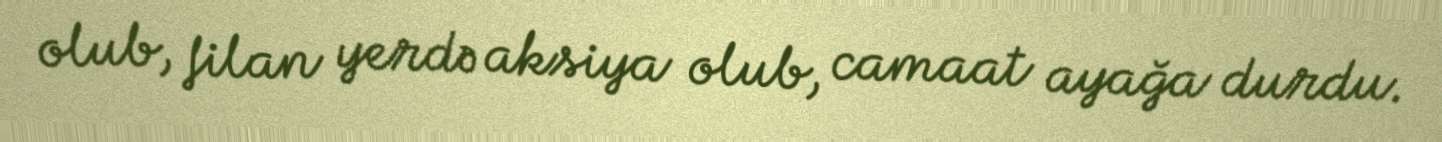
olub, filan yerdə aksiya olub, camaat ayağa durdu.